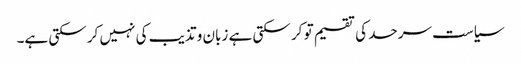
سیاست سرحد کی تقسیم تو کر سکتی ہے زبان و تذیب کی نہیں کر سکتی ہے۔